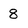
Character: 8